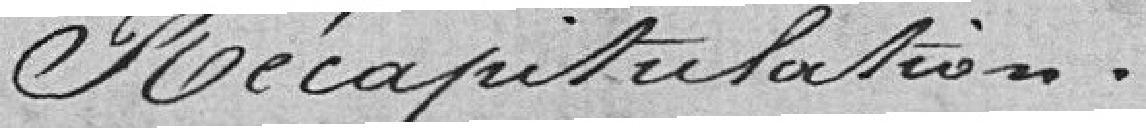
Récapitulation